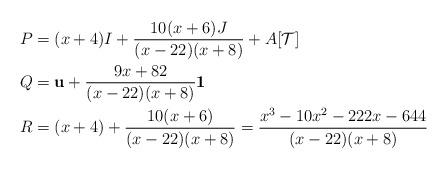
LaTeX: \begin{align*} P &= (x+4)I + \frac{10(x+6)J}{(x-22)(x+8)} + A[\mathcal T] \\ Q &= \mathbf{u}+\frac{9x+82}{(x-22)(x+8)}\mathbf{1} \\ R &= (x+4)+\frac{10(x+6)}{(x-22)(x+8)} = \frac{x^3-10x^2-222x-644}{(x-22)(x+8)}\end{align*}